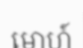
មោហ៍